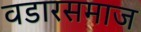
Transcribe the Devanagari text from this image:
वडारसमाज